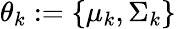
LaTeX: \theta_{k}:=\{ \mu_{k},\Sigma_{k}\}